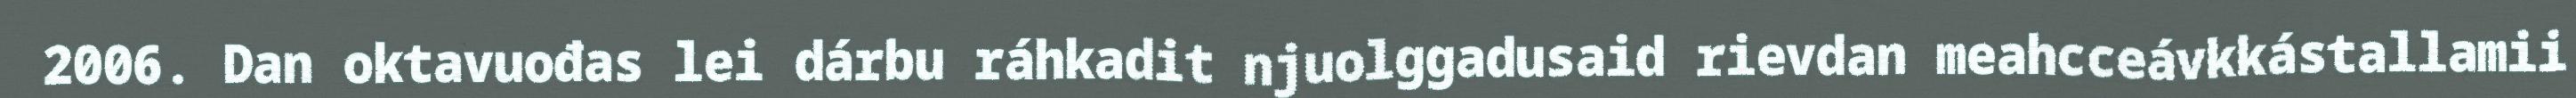
2006. Dan oktavuođas lei dárbu ráhkadit njuolggadusaid rievdan meahcceávkkástallamii